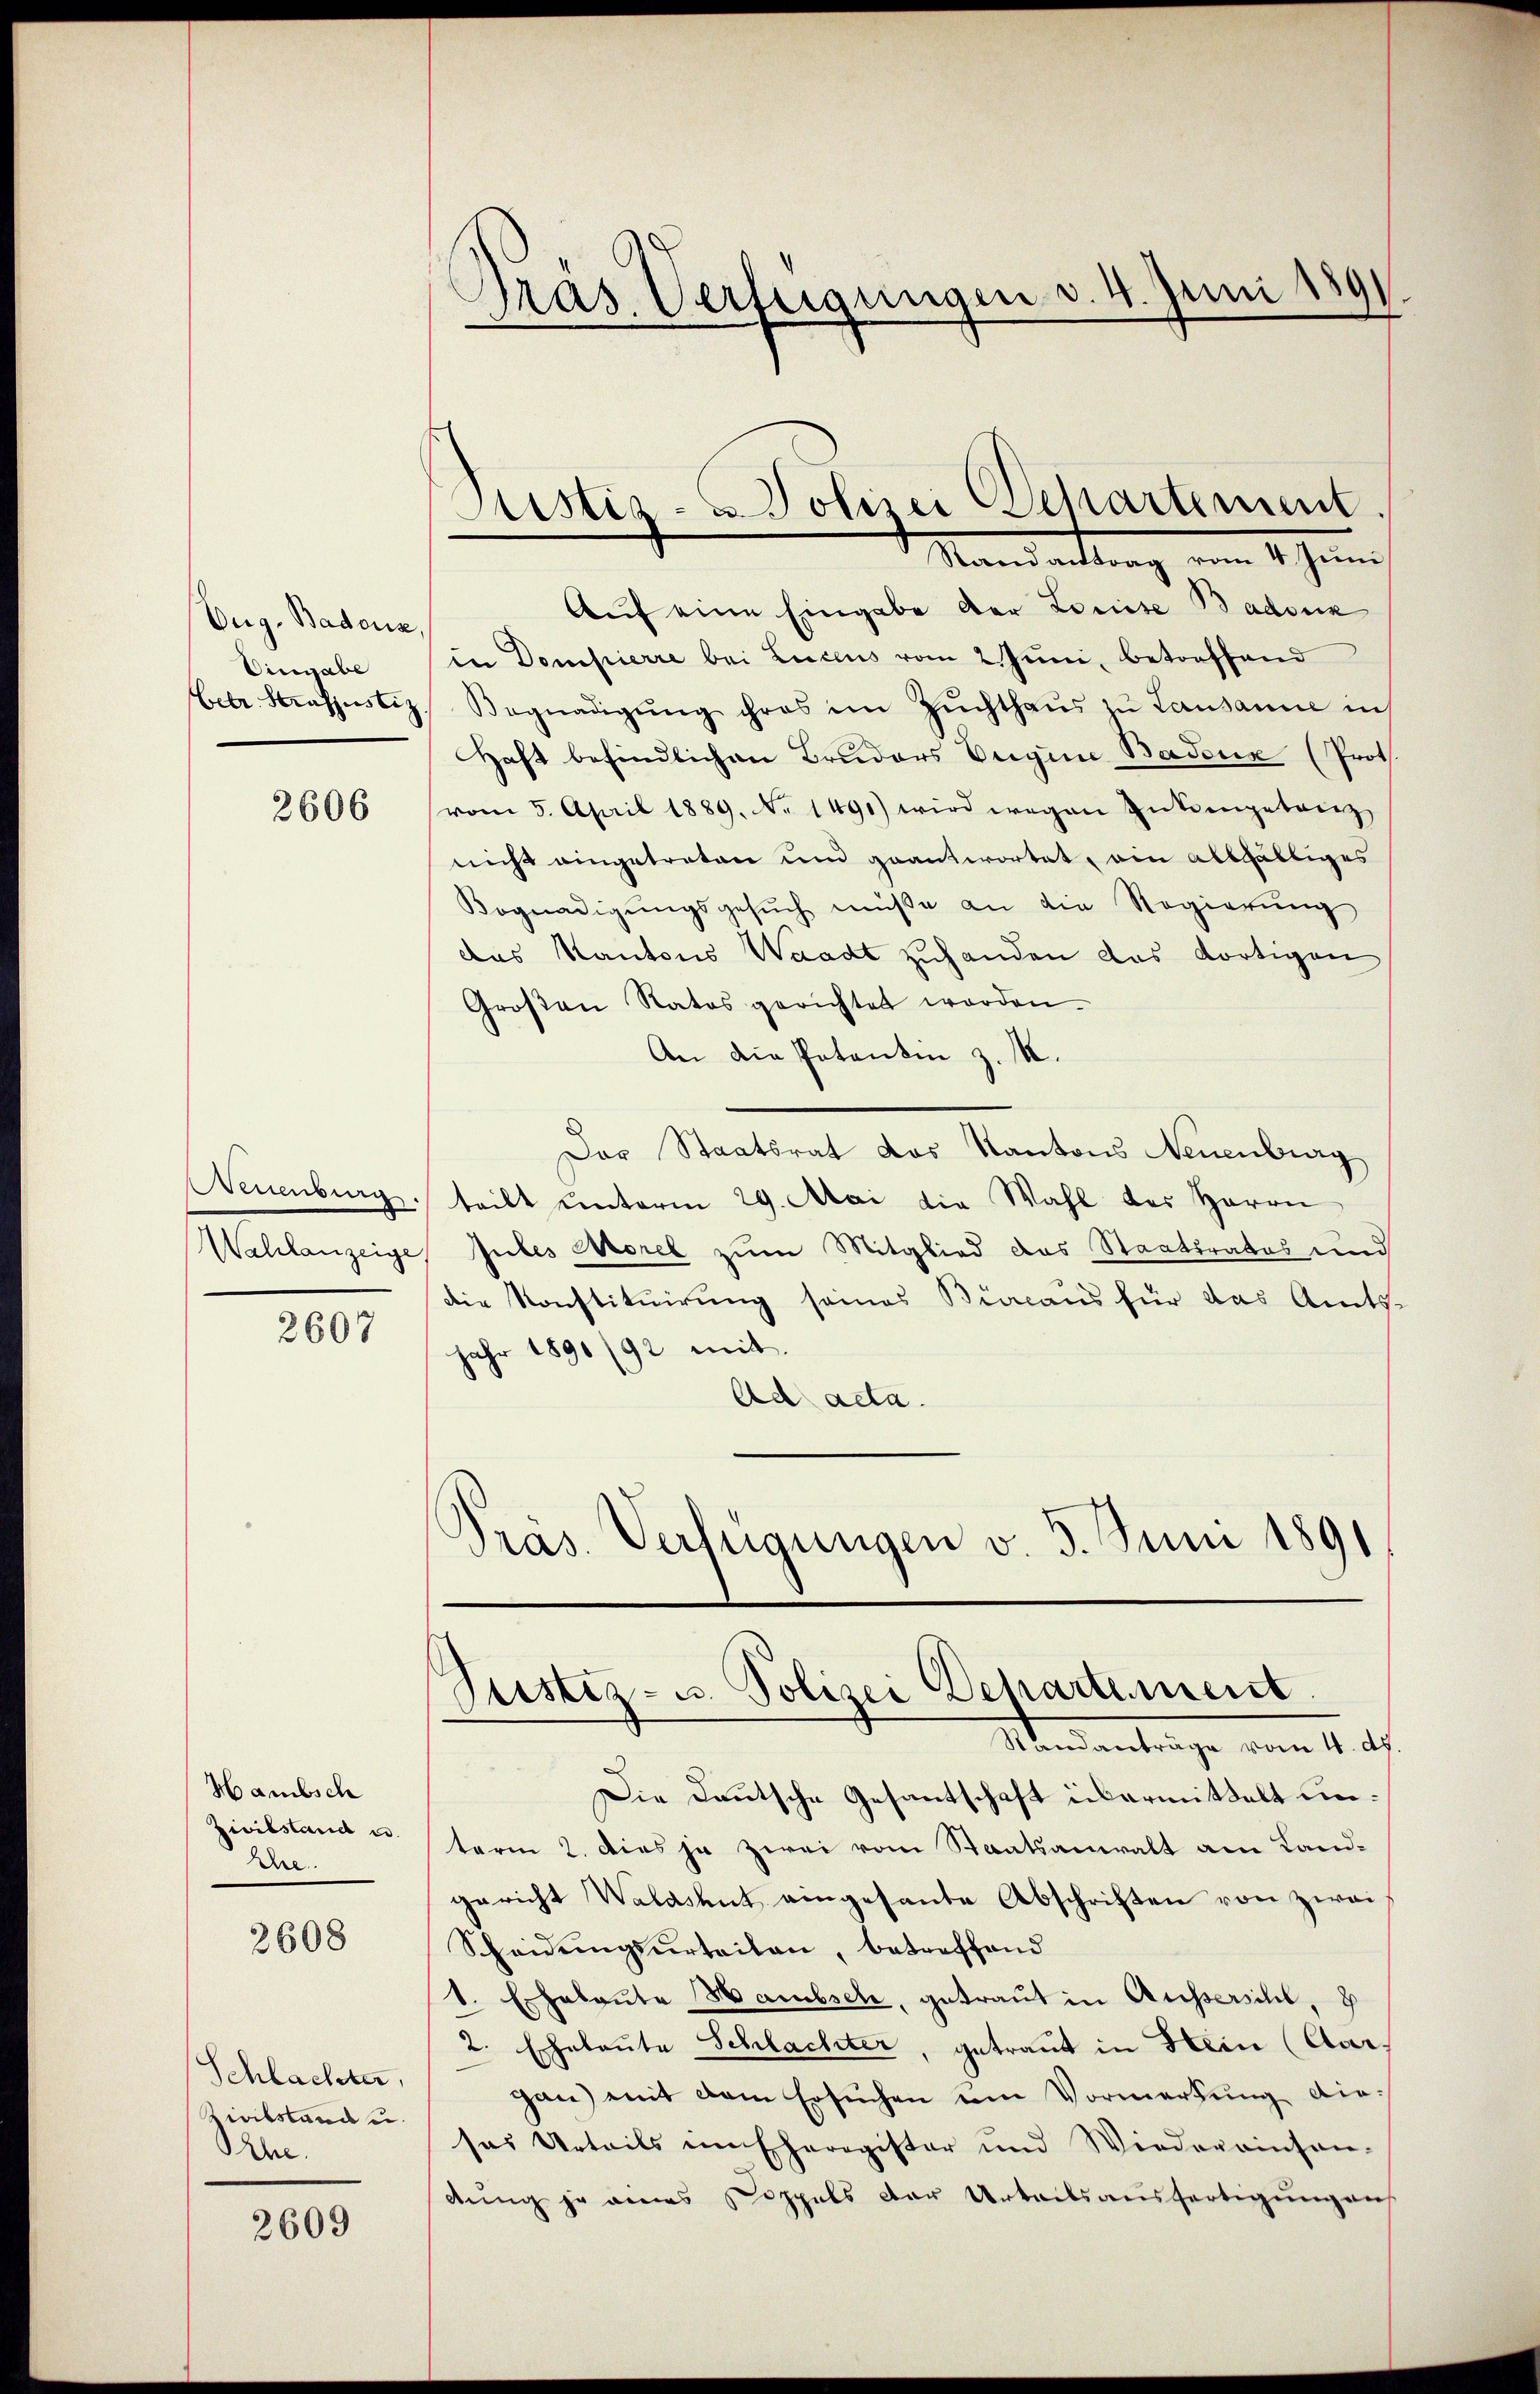
Oug. Badenz,
Eingabe

2606

2607

Hamibsch
Zivilstand u.
Ehe.

2608

Schlachter,
Zivilstand u.
he.

2609

Präs. Verfügungen v. 4. Juni 1891

Aŭf eine Eingabe der Louise Badenz
in Dompierre bei Lucens vom 2. Juni, betreffend
ete Strafjustiz, Begnadigŭng ihres im Zŭchthaŭs zŭ Lausanne in
Haft befindlichen Bruders Eigene Badeus (Prot
vom 5. April 1889. No. 1491) wird wegen Intrengetreiz
nicht eingetreten und geantwortet, ein allfältiges
Bognadigŭngsgesŭch müße an die Regierŭng
das Kantons Waadt zuhanden das dortigen
Großen Ratos gerichtet worden.
An die Patenten z. M.
Der Staatsrat das Kantons Neuenburg
Neuenburg teilt unterm 29. Mai die Wahl des Herrn
Wahlanzeige, Jubes Morel zum Mitglied das Staatsrates und
die Konstituirung seines Bialaus für das Amtsjahr 1890/92 mit.
Ad acta.
Präs. Verfügungen v. 5. Juni 1891

Justiz- u. Polizei Departement.
Mandantung vom 14. Juni

Justiz- u. Polizei Departement
Randanträge vom 4. d.

Die Deutsche Gesantschaft übermittelt unterm 2. Dies ja zwei vom Staatsanwalt am Landgericht Waldshut eingesante Abschriften von zwei¬
Scheidungsurteilen, betreffend
v. Echalaute Hambsch, getraut in Aussersihl, 2
2. Eheleute Schlachter, getraut in Hein (Aar.
gan) mit dem Ersuchen um Vormerkung diesas Urteils im Eheregister und Wiedereinsan-
dung je eines Koppels der Urteilsausfertigung auf